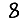
Digit: 8